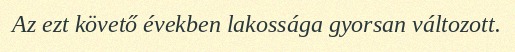
Az ezt követő években lakossága gyorsan változott.